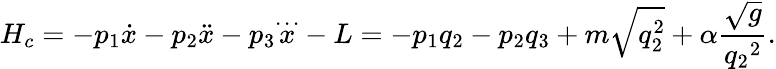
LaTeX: H_{c}=-p_{1}{\dot{x}}-p_{2}{\ddot{x}}-p_{3}{\stackrel{\ldots}{x}}-L=-p_{1}q_{2}-p_{2}q_{3}+m\sqrt{q_{2}^{2}}+\alpha\frac{\sqrt{g}}{{q_{2}}^{2}}.